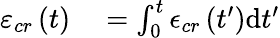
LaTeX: \begin{array}{rl}{\varepsilon_{cr}\left(t\right)}&{{}=\int_{0}^{t}\epsilon_{cr}\left(t^{\prime}\right)\mathrm{d}t^{\prime}}\end{array}